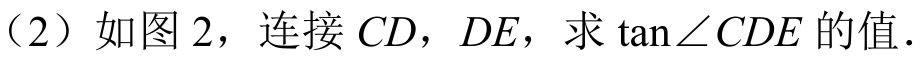
（2）如图 2，连接 \(CD\)，\(DE\)，求 \(\tan\angle CDE\) 的值.